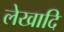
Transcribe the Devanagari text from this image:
लेखादि